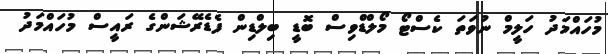
މުހައްމަދު ހަލީމް ނުވަތަ ކެސްޓޯ މޯލްޑްވިސް ބޮޑީ ބިލްޑިން ފެޑެރޭޝަންގެ ރައީސް މުހައްމަދު